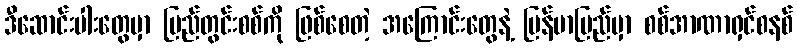
ဒီဆောင်းပါးတွေမှာ ပြည်တွင်းစစ်ကို ဖြစ်စေတဲ့ အကြောင်းတွေနဲ့ မြန်မာပြည်မှာ စစ်အာဏာရှင်စနစ်